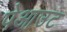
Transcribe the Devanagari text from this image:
पेआउट